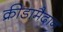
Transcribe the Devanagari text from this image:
क्रीडामैदान